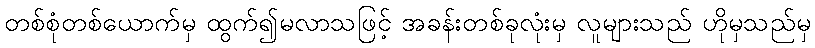
တစ်စုံတစ်ယောက်မှ ထွက်၍မလာသဖြင့် အခန်းတစ်ခုလုံးမှ လူများသည် ဟိုမှသည်မှ